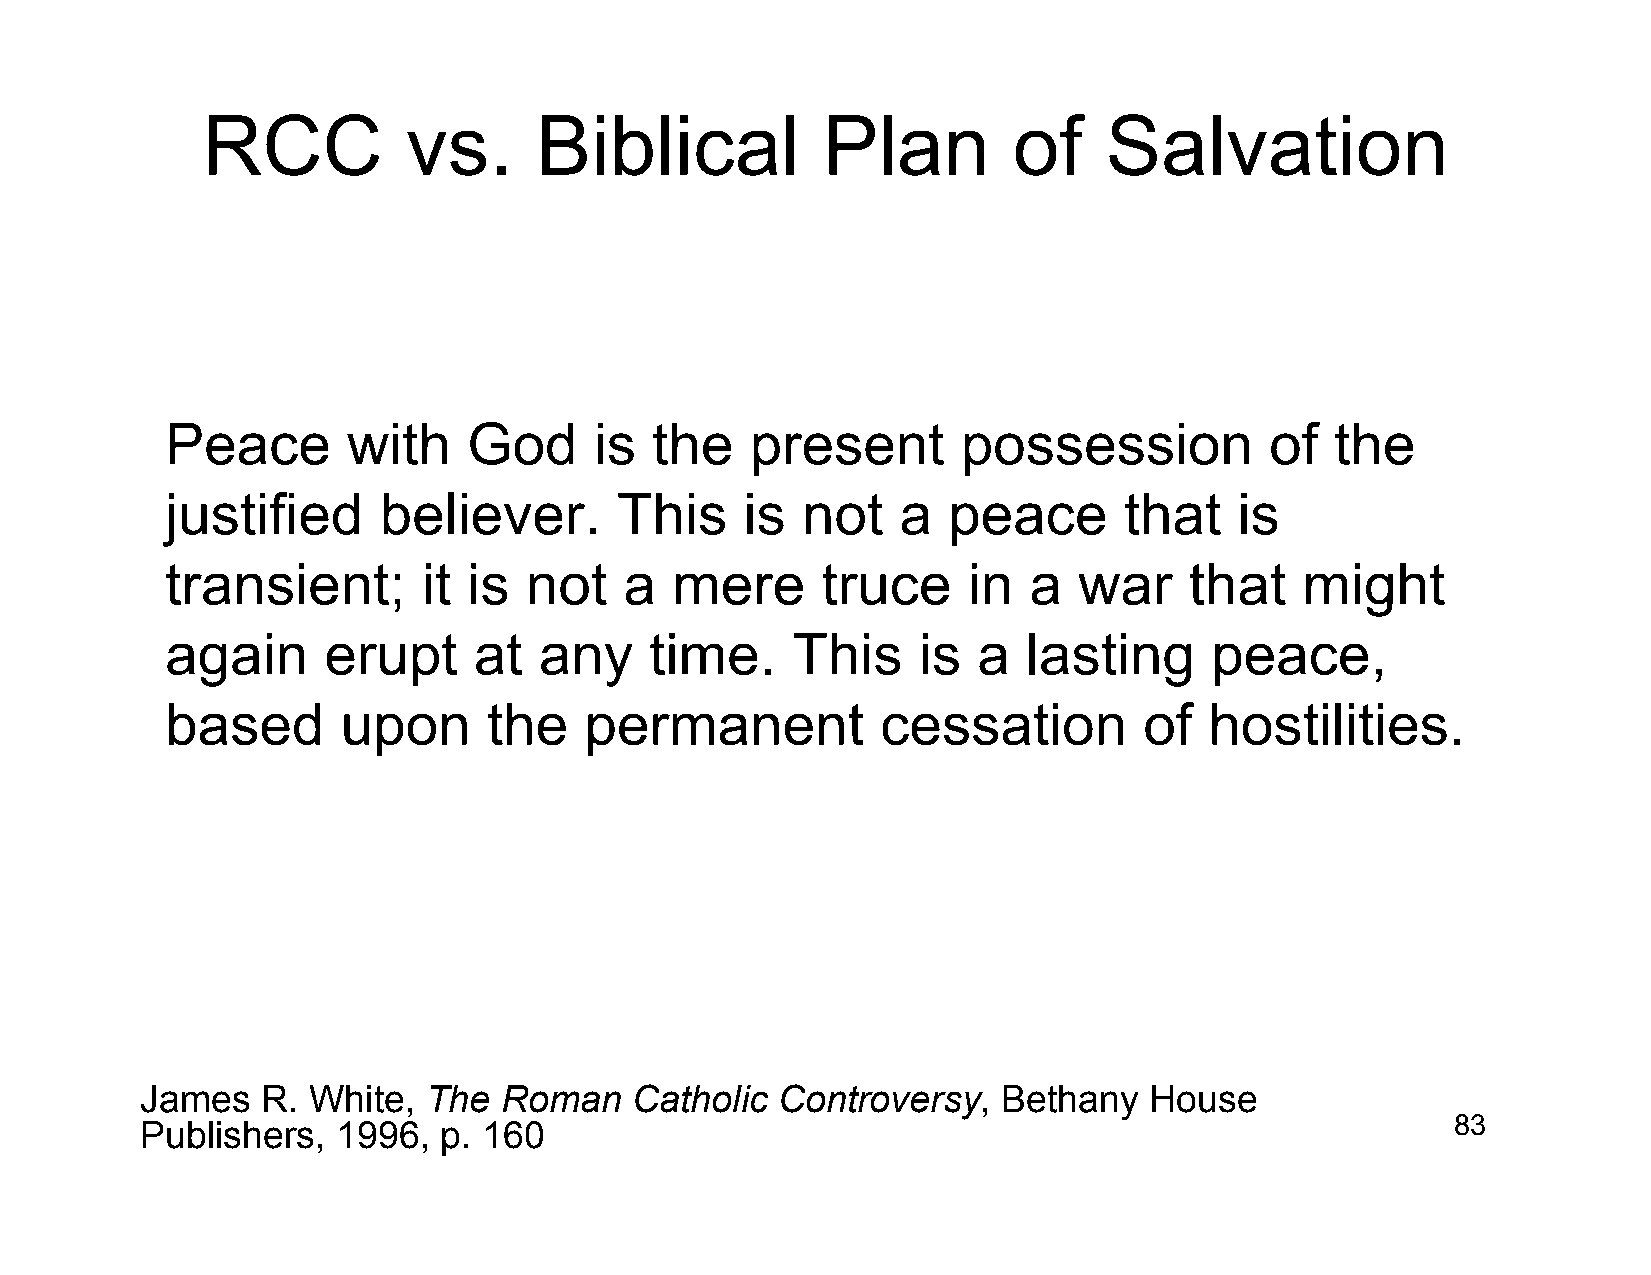
RCC           vs.     Biblical           Plan         of    Salvation
 Peace       with    God     is  the    present       possession          of  the
 justified     believer.       This    is  not    a  peace      that    is
 transient;       it is  not   a  mere      truce     in  a  war     that   might
 again     erupt     at   any    time.    This     is  a  lasting     peace,
 based       upon     the    permanent          cessation         of  hostilities.
 James   R. White,  The  Roman    Catholic Controversy,   Bethany   House
 Publishers,  1996,  p. 160                                                             83